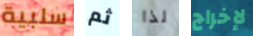
سلبية ثم لذا لإخراج